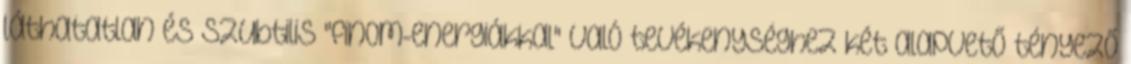
láthatatlan és szubtilis "finom-energiákkal" való tevékenységhez két alapvető tényező